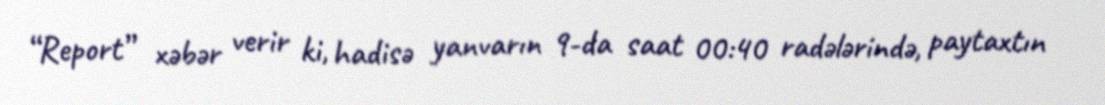
“Report” xəbər verir ki, hadisə yanvarın 9-da saat 00:40 radələrində, paytaxtın